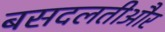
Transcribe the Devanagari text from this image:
बसदलतीऔर